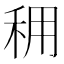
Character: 𥞖